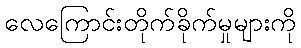
လေကြောင်းတိုက်ခိုက်မှုများကို